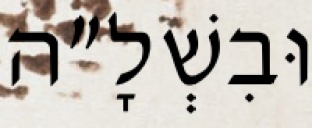
וּבִשְׁלָ״ה